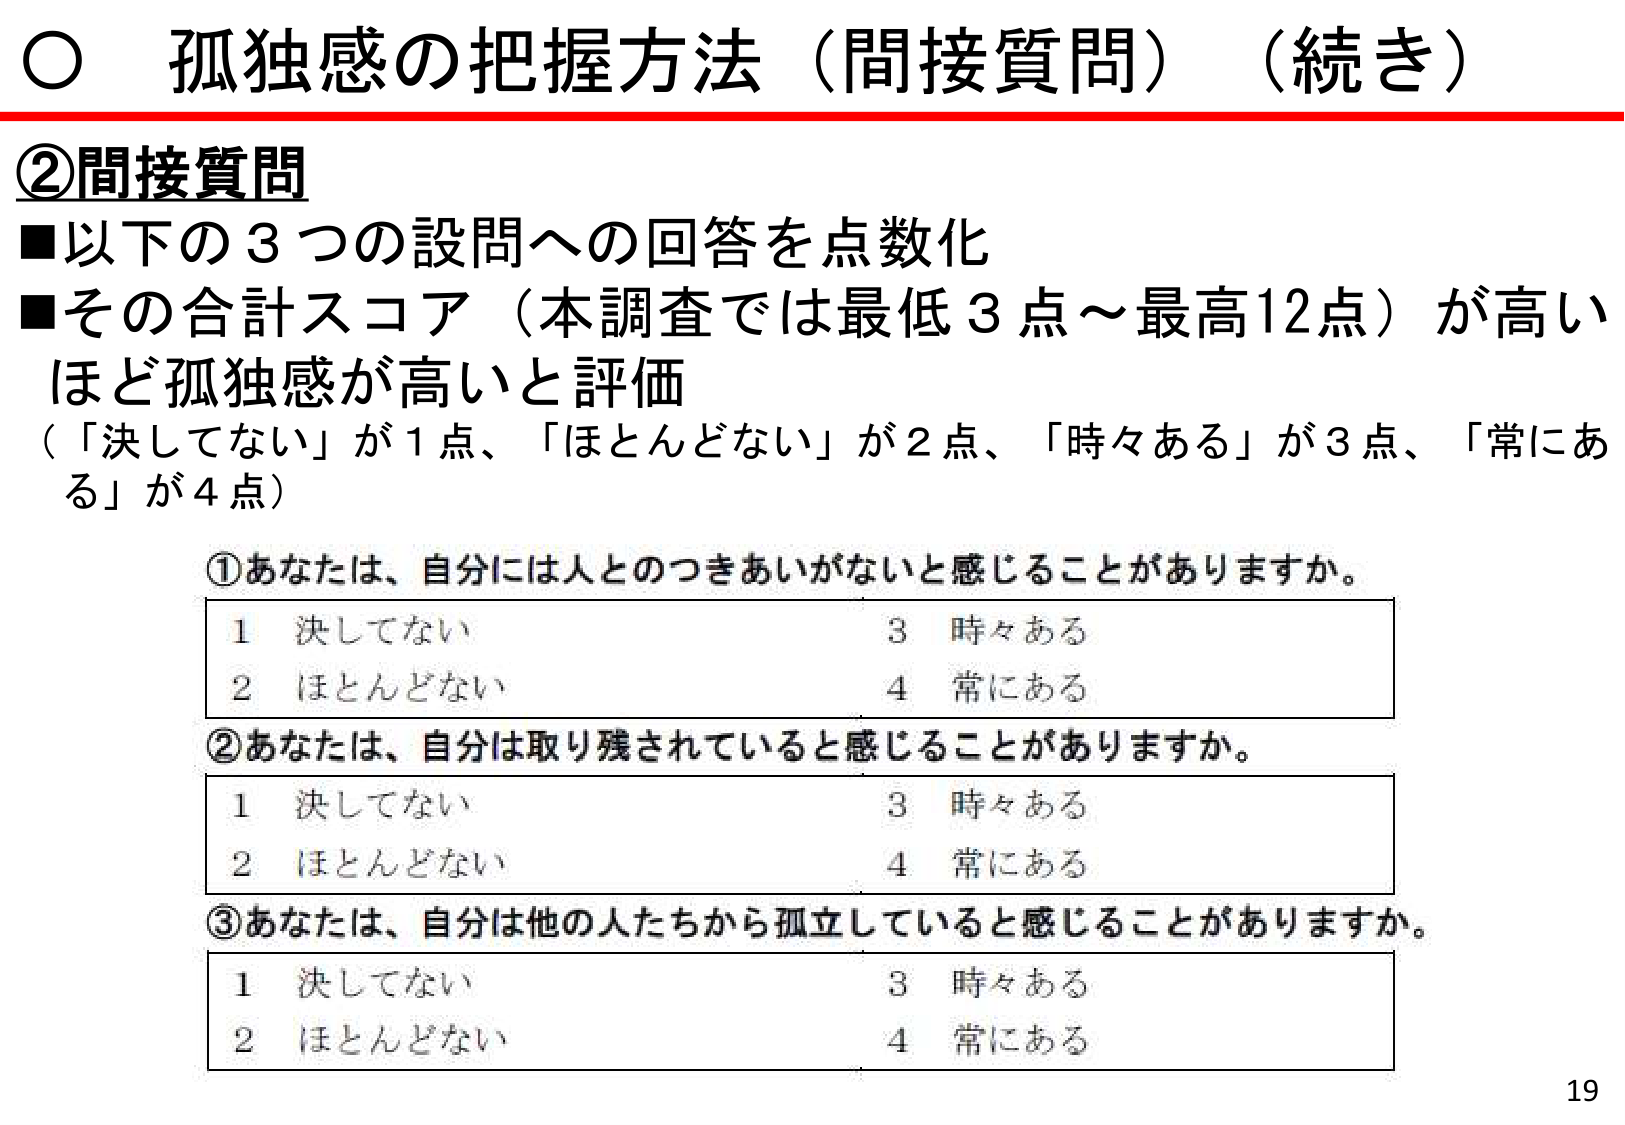
○ 孤独感の把握方法（間接質問）（続き）

②間接質問
■以下の3つの設問への回答を点数化
■その合計スコア（本調査では最低3点～最高12点）が高いほど孤独感が高いと評価
（「決してない」が1点、「ほとんどない」が2点、「時々ある」が3点、「常にあ る」が4点）

①あなたは、自分には人とのつきあいがないと感じることがありますか。
1 決してない　　　　　　　　　　　3 時々ある
2 ほとんどない　　　　　　　　　　4 常にある

②あなたは、自分は取り残されていると感じることがありますか。
1 決してない　　　　　　　　　　　3 時々ある
2 ほとんどない　　　　　　　　　　4 常にある

③あなたは、自分は他の人たちから孤立していると感じることがありますか。
1 決してない　　　　　　　　　　　3 時々ある
2 ほとんどない　　　　　　　　　　4 常にある

19